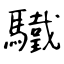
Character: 驖